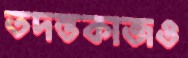
তদন্তকাজও